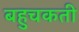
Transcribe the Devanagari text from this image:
बहुचकती